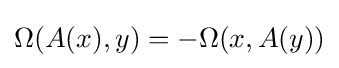
\Omega (A(x),y)=-\Omega (x,A(y))